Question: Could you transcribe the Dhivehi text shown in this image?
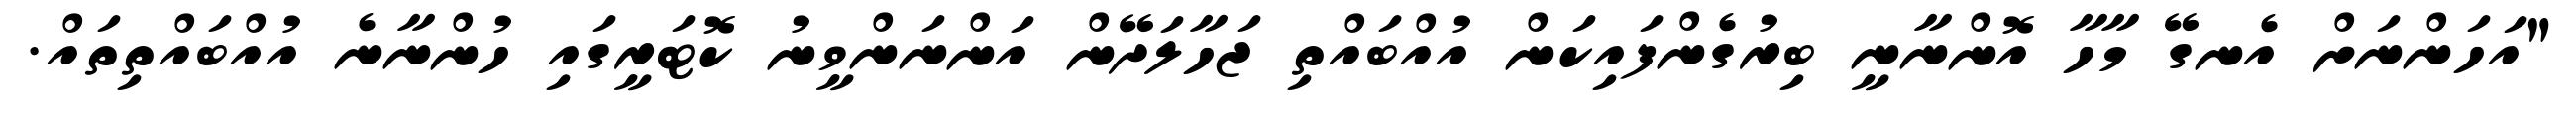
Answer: "އަހަންނަށް އެނގޭ މާހާ އޮންނާނީ ބިރުގެންފައިކަން އުއްބައްތި ޖަހާލަދޭން އަންނަންވީނު ކޮޓަރީގައި ހުންނާނެ އުއްބައްތިތައް.